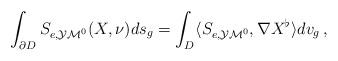
LaTeX: \begin{align*}\int_{\partial D}S_{e,\mathcal{YM}^0 }(X,\nu ) ds_g = \int_D\langle S_{e,\mathcal{YM}^0 },\nabla X^{\flat}\rangle dv_g\, , \end{align*}